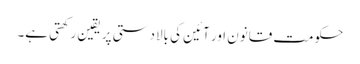
حکومت قانون اور آئین کی بالادستی پر یقین رکھتی ہے۔